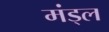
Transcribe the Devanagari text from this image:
मंड्ल